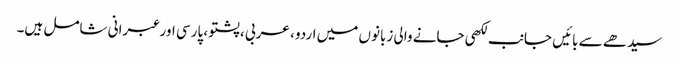
سیدھے سے بائیں جانب لکھی جانے والی زبانوں میں اردو ، عربی ، پشتو ، پارسی اور عبرانی شامل ہیں۔